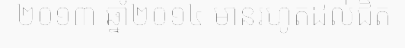
២០១៣ ឆ្នាំ២០១៤ មានរហូតដល់ជិត